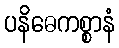
ပနိဓေကစ္စာနံ